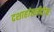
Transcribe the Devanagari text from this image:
दशाहांतर्नदोषः